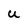
Character: U